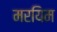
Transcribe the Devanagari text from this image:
मरयिम